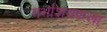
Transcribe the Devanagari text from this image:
गर्भाशयकला